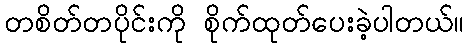
တစိတ်တပိုင်းကို စိုက်ထုတ်ပေးခဲ့ပါတယ်။